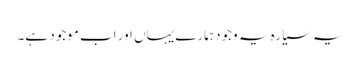
یہ سیارہ یہ وجود ہمارے یہاں اور اب موجود ہے۔